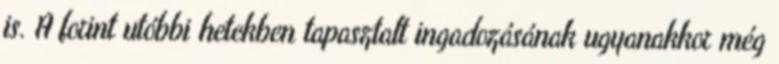
is. A forint utóbbi hetekben tapasztalt ingadozásának ugyanakkor még